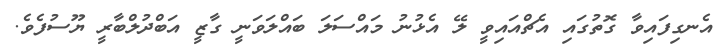
އެނގިފައިވާ ގޮތުގައި އެޗްއައިވީ ލޭ އެޅުނު މައްސަލަ ބައްލަވަނީ ގާޒީ އަބްދުލްބާރީ ޔޫސުފެވެ.